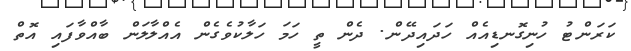
ކަރަންޓު ހުނިގޮނޑިއެއް ހަދައިދޭން. ދެން ތީ ހަމަ ހަލާކުވެގެން އެއްލާލަން ބާއްވާފައި އޮތް